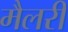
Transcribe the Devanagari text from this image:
मैलरी